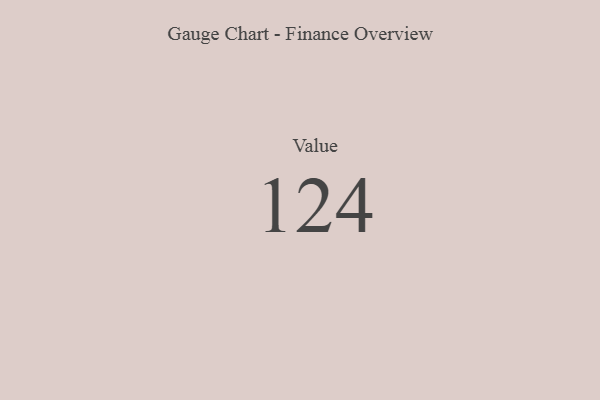
{"axis": {"x": "Metric", "y": "Value"}, "legend": [""], "data": [{"x": "Value", "y": 124, "type": ""}]}